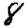
Digit: 8